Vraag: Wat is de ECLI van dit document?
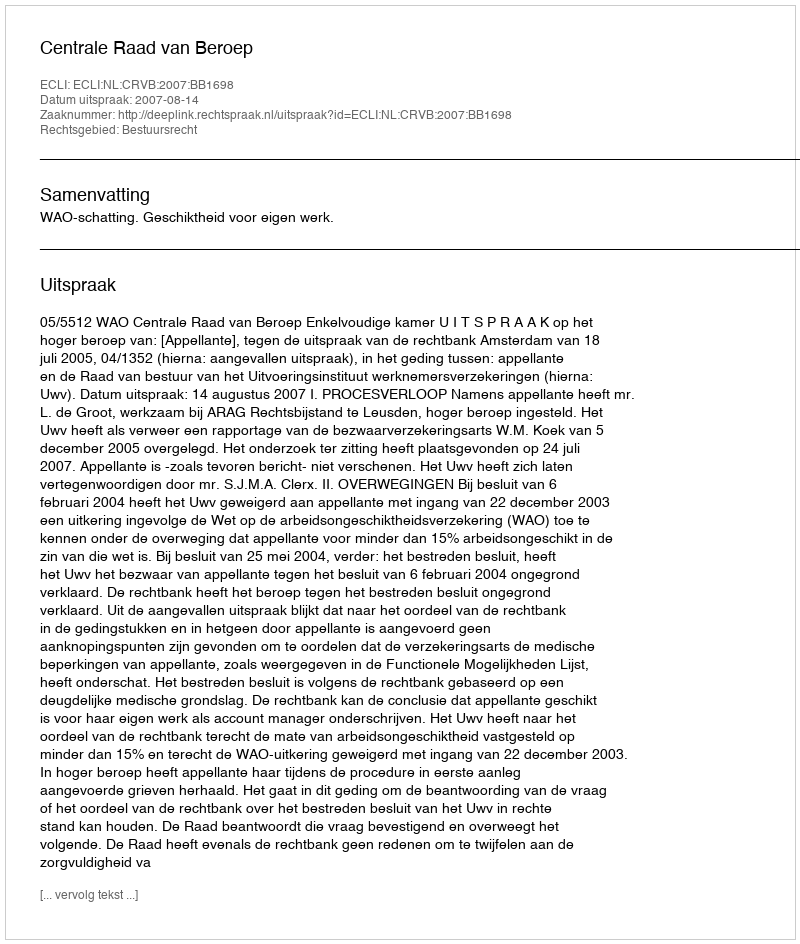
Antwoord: ECLI:NL:CRVB:2007:BB1698